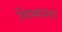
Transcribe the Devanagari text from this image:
विभाशा